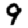
Digit: 9